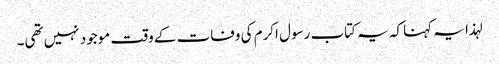
لہذا یہ کہنا کہ یہ کتاب رسول اکرم کی وفات کے وقت موجود نہیں تھی۔